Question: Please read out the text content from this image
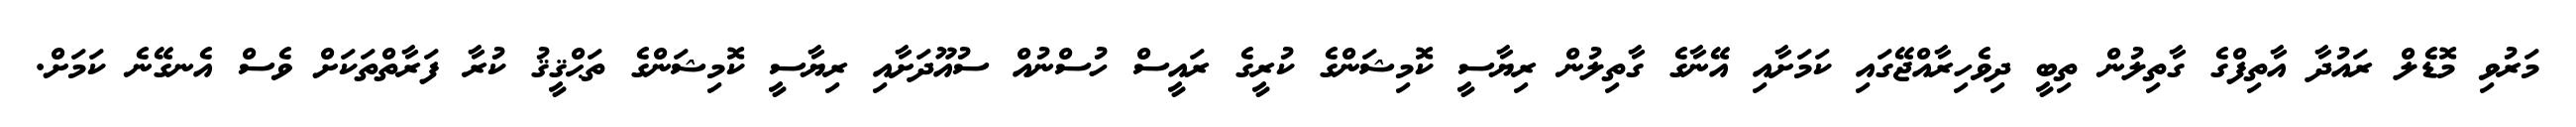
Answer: މަރުވި މޮޑެލް ރައުދާ އާތިފްގެ ގާތިލުން ތިބީ ދިވެހިރާއްޖޭގައި ކަމަށާއި އޭނާގެ ގާތިލުން ރިޔާސީ ކޮމިޝަންގެ ކުރީގެ ރައީސް ހުސްނުއް ސުއޫދަށާއި ރިޔާސީ ކޮމިޝަންގެ ތަޙްޤީޤު ކުރާ ފަރާތްތަކަށް ވެސް އެނގޭނެ ކަމަށް.